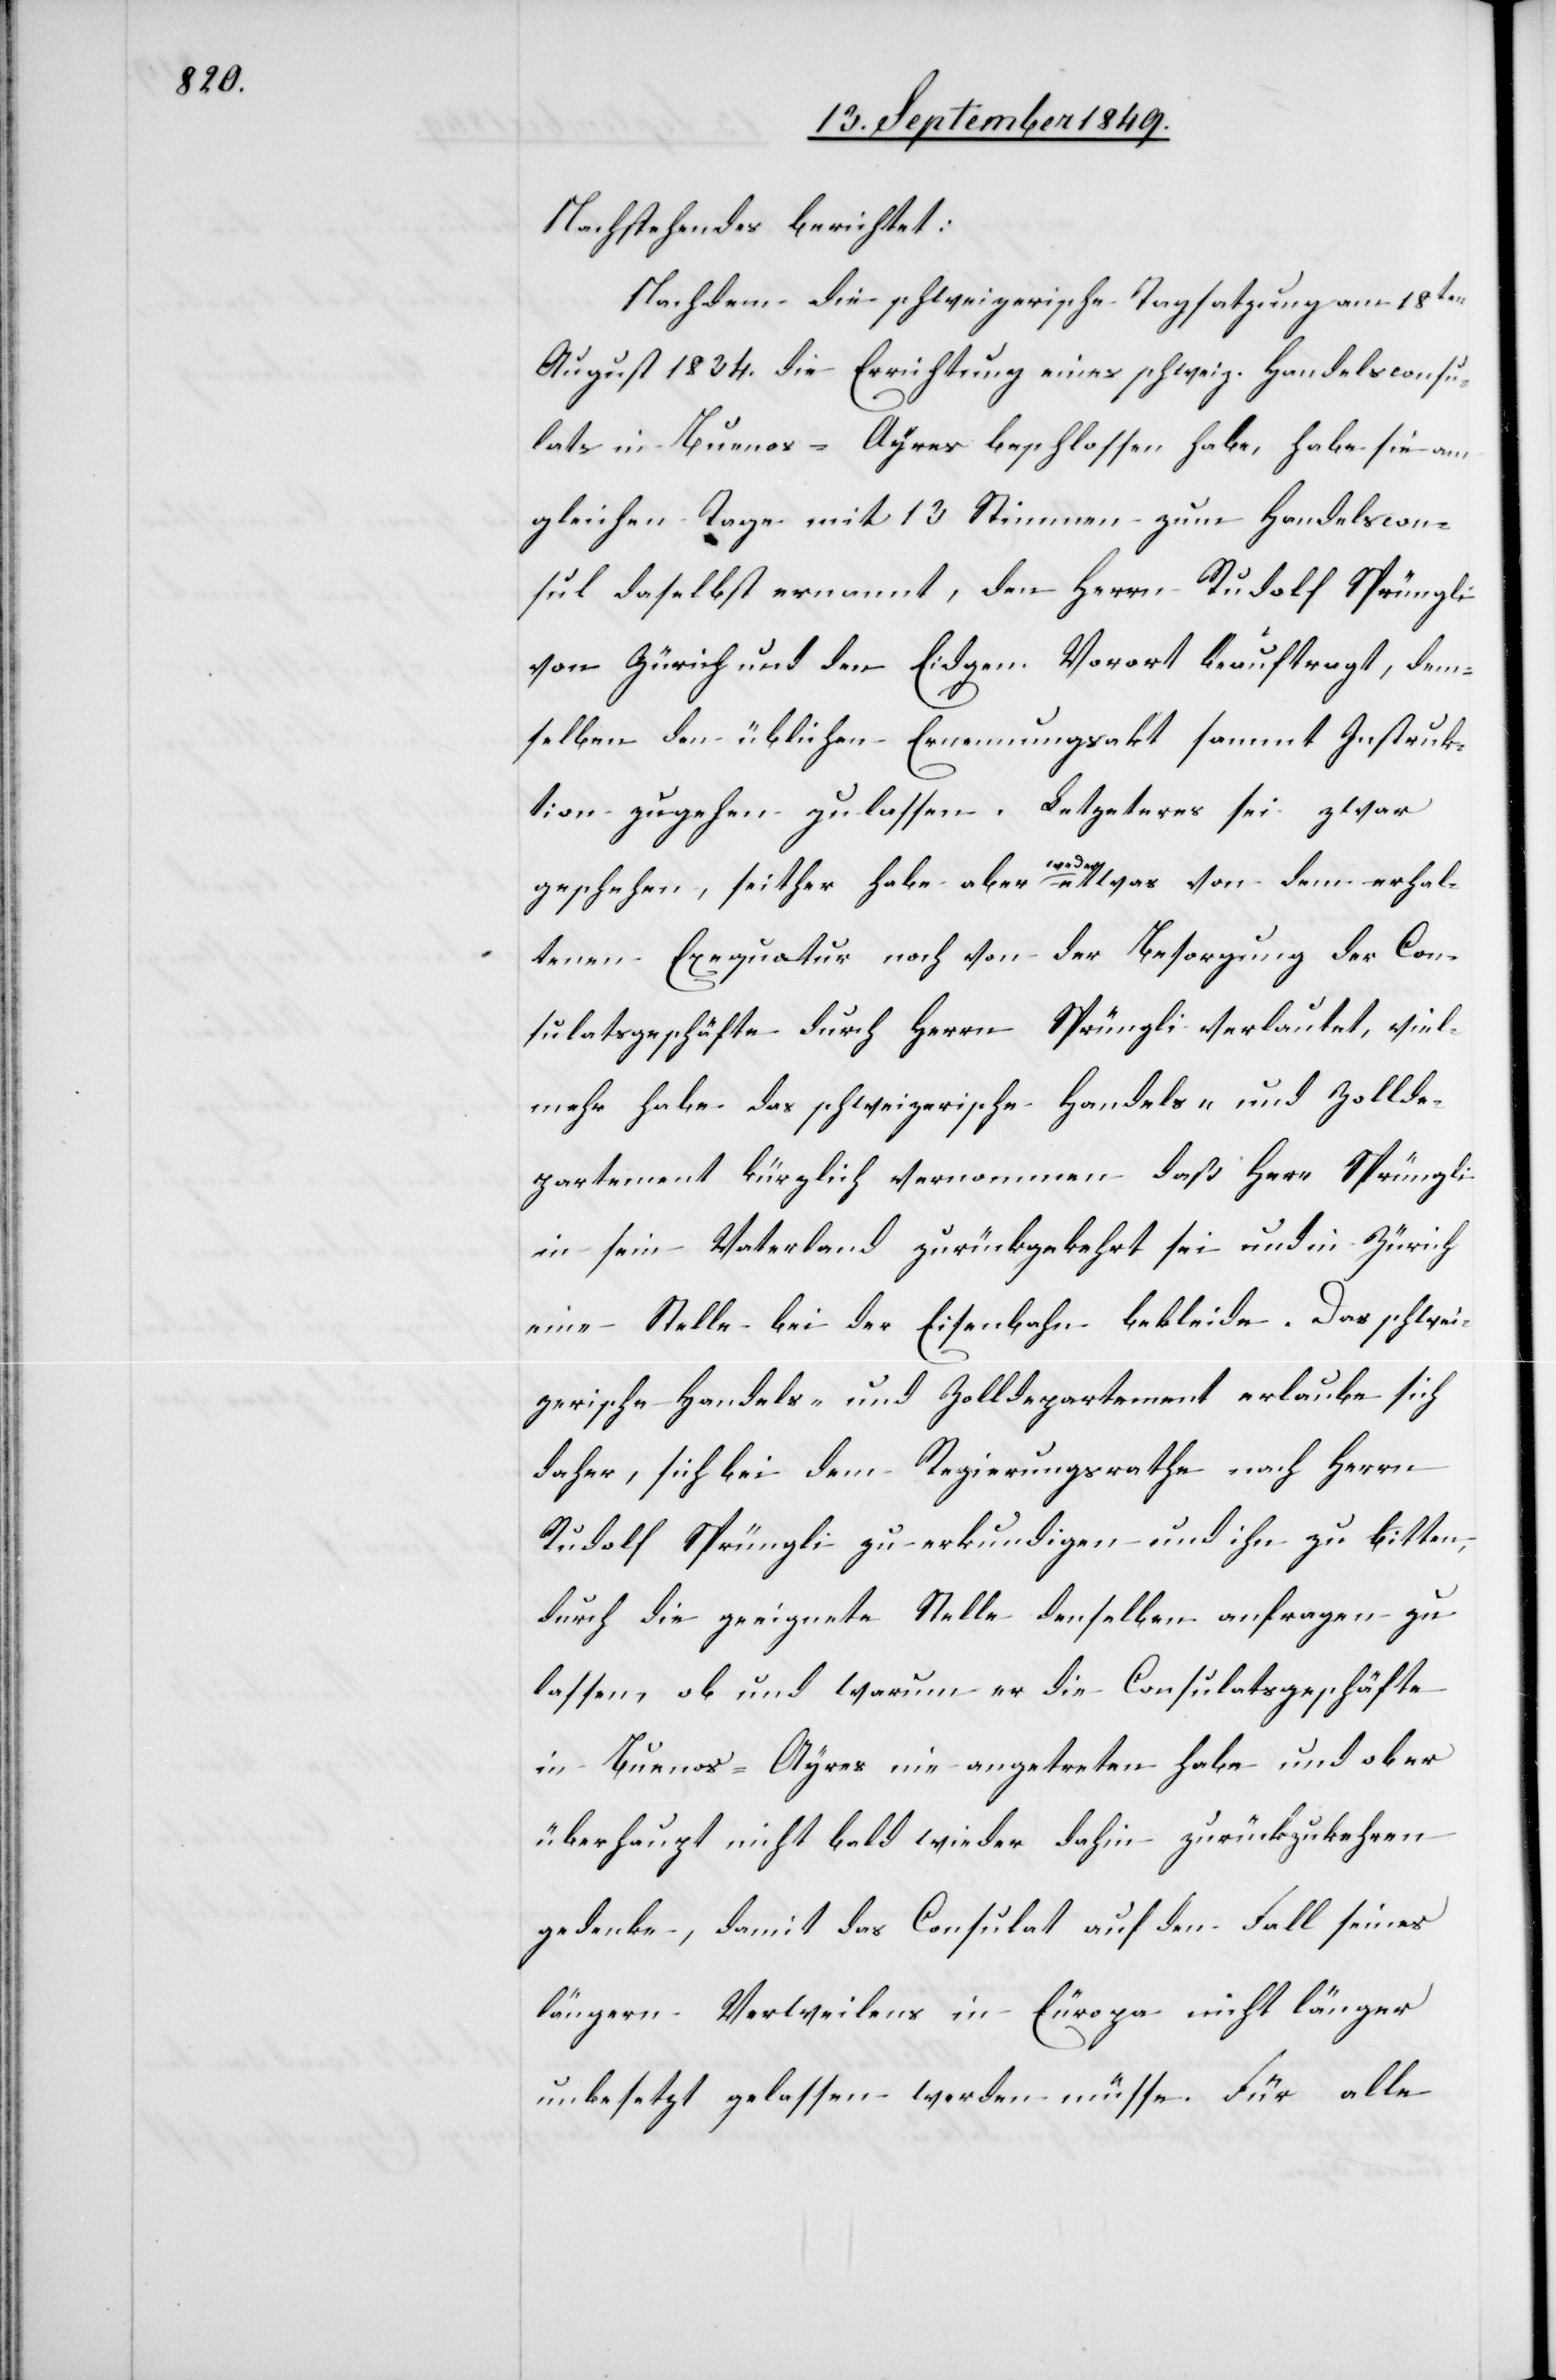
Nachstehendes berichtet:
Nachdem die schweizerische Tagsatzung am 18ten
August 1834. die Errichtung eines schweiz. Handelsconsu¬
lats in Buenos-Ayres beschlossen habe, habe sie am
gleichen Tage mit 13 Stimmen zum Handelscon¬
sul daselbst ernannt, den Herrn Rudolf Sprüngli
von Zürich und den Eidgen. Vorort beauftragt, dem¬
selben den üblichen Ernennungsakt sammt Instruk¬
tion zugehen zulassen. Letzeteres [sic!] sei zwar
geschehen, seither habe aber a-weder-a etwas von dem erhal¬
tenen Exequatur noch von der Besorgung der Con¬
sulatsgeschäfte durch Herrn Sprüngli verlautet, viel¬
mehr habe das schweizerische Handels- und Zollde¬
partement kürzlich vernommen, daß Herr Sprüngli
in sein Vaterland zurückgekehrt sei und in Zürich
eine Stelle bei der Eisenbahn bekleide. Das schwei¬
zerische Handels- und Zolldepartement erlaube sich
daher, sich bei dem Regierungsrathe nach Herrn
Rudolf Sprüngli zu erkundigen und ihn zu bitten,
durch die geeignete Stelle denselben anfragen zu
lassen, ob und warum er die Consulatsgeschäfte
in Buenos-Ayres nie angetreten habe und ob er
überhaupt nicht bald wieder dahin zurückzukehren
gedenke, damit das Consulat auf den Fall seines
längern Verweilens in Europa nicht länger
unbesetzt gelassen werden müsse. Für alle